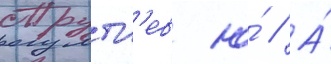
Трутн'ев ю́ // А́